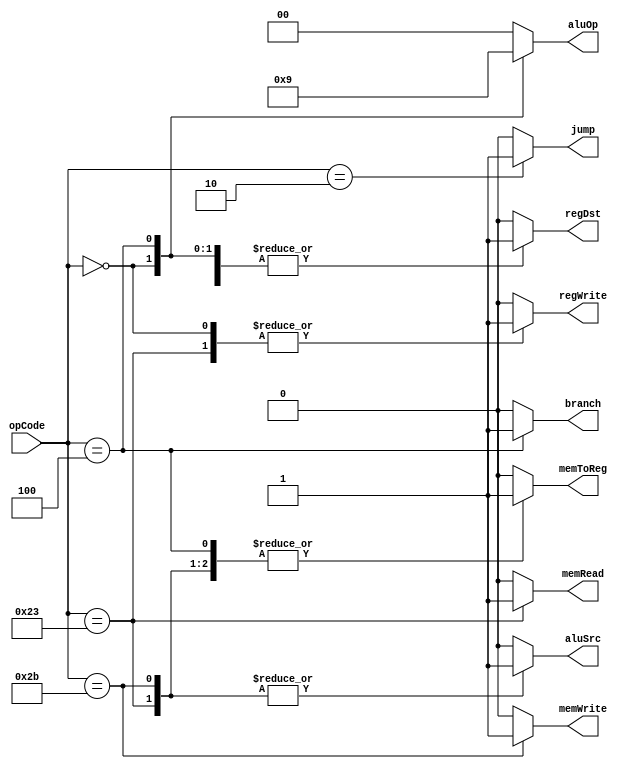
`timescale 1ns / 1ps
//////////////////////////////////////////////////////////////////////////////////
// Company: 
// Engineer: 
// 
// Design Name: 
// Module Name:    Ctr 
// Project Name: 
// Target Devices: 
// Tool versions: 
// Description: 
//
// Dependencies: 
//
// Revision: 
// Revision 0.01 - File Created
// Additional Comments: 
//
//////////////////////////////////////////////////////////////////////////////////
module Ctr(opCode, regDst, aluSrc, memToReg, regWrite, memRead, memWrite, branch,
    aluOp, jump
    );

	input [5:0] opCode;
    output regDst;
    output aluSrc;
    output memToReg;
    output regWrite;
    output memRead;
    output memWrite;
    output branch;
    output [1:0] aluOp;
    output jump;
	 
	reg regDst;
	reg aluSrc;
	reg memToReg;
	reg regWrite;
	reg memRead;
	reg memWrite;
	reg branch;
	reg [1:0] aluOp;
	reg jump;
	
	always @ (opCode)
	begin
	case (opCode)
		6'b000010:
		begin
			regDst = 0;
			aluSrc = 0;
			memToReg = 0;
			regWrite = 0;
			memRead = 0;
			memWrite = 0;
			branch = 0;
			aluOp = 2'b00;
			jump = 1;
		end
		
		6'b000000:
		begin
			regDst = 1;
			aluSrc = 0;
			memToReg = 0;
			regWrite = 1;
			memRead = 0;
			memWrite = 0;
			branch = 0;
			aluOp = 2'b10;
			jump = 0;
		end
		
		6'b100011:
		begin
			regDst = 0;
			aluSrc = 1;
			memToReg = 1;
			regWrite = 1;
			memRead = 1;
			memWrite = 0;
			branch = 0;
			aluOp = 2'b00;
			jump = 0;
		end
		
		6'b101011:
		begin
			regDst = 1;
			aluSrc = 1;
			memToReg = 1;
			regWrite = 0;
			memRead = 0;
			memWrite = 1;
			branch = 0;
			aluOp = 2'b00;
			jump = 0;
		end
		
		6'b000100:
		begin
			regDst = 1;
			aluSrc = 0;
			memToReg = 1;
			regWrite = 0;
			memRead = 0;
			memWrite = 0;
			branch = 1;
			aluOp = 2'b01;
			jump = 0;
		end
		
		default:
		begin
			regDst = 0;
			aluSrc = 0;
			memToReg = 0;
			regWrite = 0;
			memRead = 0;
			memWrite = 0;
			branch = 0;
			aluOp = 2'b00;
			jump = 0;
		end
	endcase
	end
endmodule